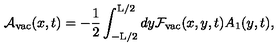
{ \cal A } _ { \mathrm { v a c } } ( x , t ) = - \frac { 1 } { 2 } \int _ { - \mathrm { L } / 2 } ^ { \mathrm { L } / 2 } d y { \cal F } _ { \mathrm { v a c } } ( x , y , t ) A _ { 1 } ( y , t ) ,